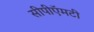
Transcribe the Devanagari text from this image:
सीपीऍमटी